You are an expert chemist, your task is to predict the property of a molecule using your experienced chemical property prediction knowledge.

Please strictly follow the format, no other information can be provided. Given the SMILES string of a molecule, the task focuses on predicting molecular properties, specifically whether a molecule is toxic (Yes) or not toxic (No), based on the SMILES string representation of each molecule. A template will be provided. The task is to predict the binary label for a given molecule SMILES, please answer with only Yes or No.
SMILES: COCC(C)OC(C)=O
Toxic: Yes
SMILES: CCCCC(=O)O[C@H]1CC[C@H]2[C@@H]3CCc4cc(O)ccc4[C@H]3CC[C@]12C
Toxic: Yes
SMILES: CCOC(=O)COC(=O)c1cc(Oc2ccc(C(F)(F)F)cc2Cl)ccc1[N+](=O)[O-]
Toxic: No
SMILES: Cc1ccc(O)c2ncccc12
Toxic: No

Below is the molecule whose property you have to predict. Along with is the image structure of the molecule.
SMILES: CC(C)CCCCCOC(=O)CCCCC(=O)OCCCCCC(C)C
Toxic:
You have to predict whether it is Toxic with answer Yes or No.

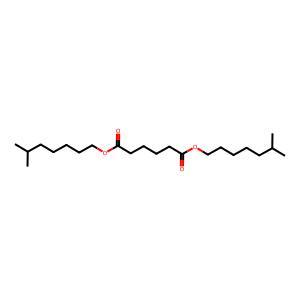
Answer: No